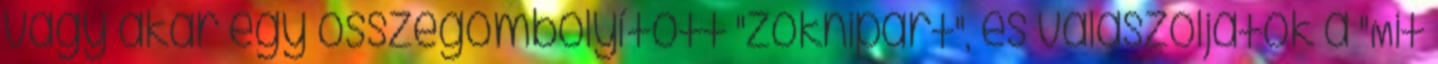
vagy akár egy összegombolyított "zoknipárt", és válaszoljatok a "Mit